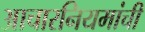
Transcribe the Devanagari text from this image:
आचारनियमांची